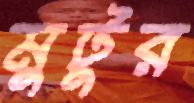
মুটুর